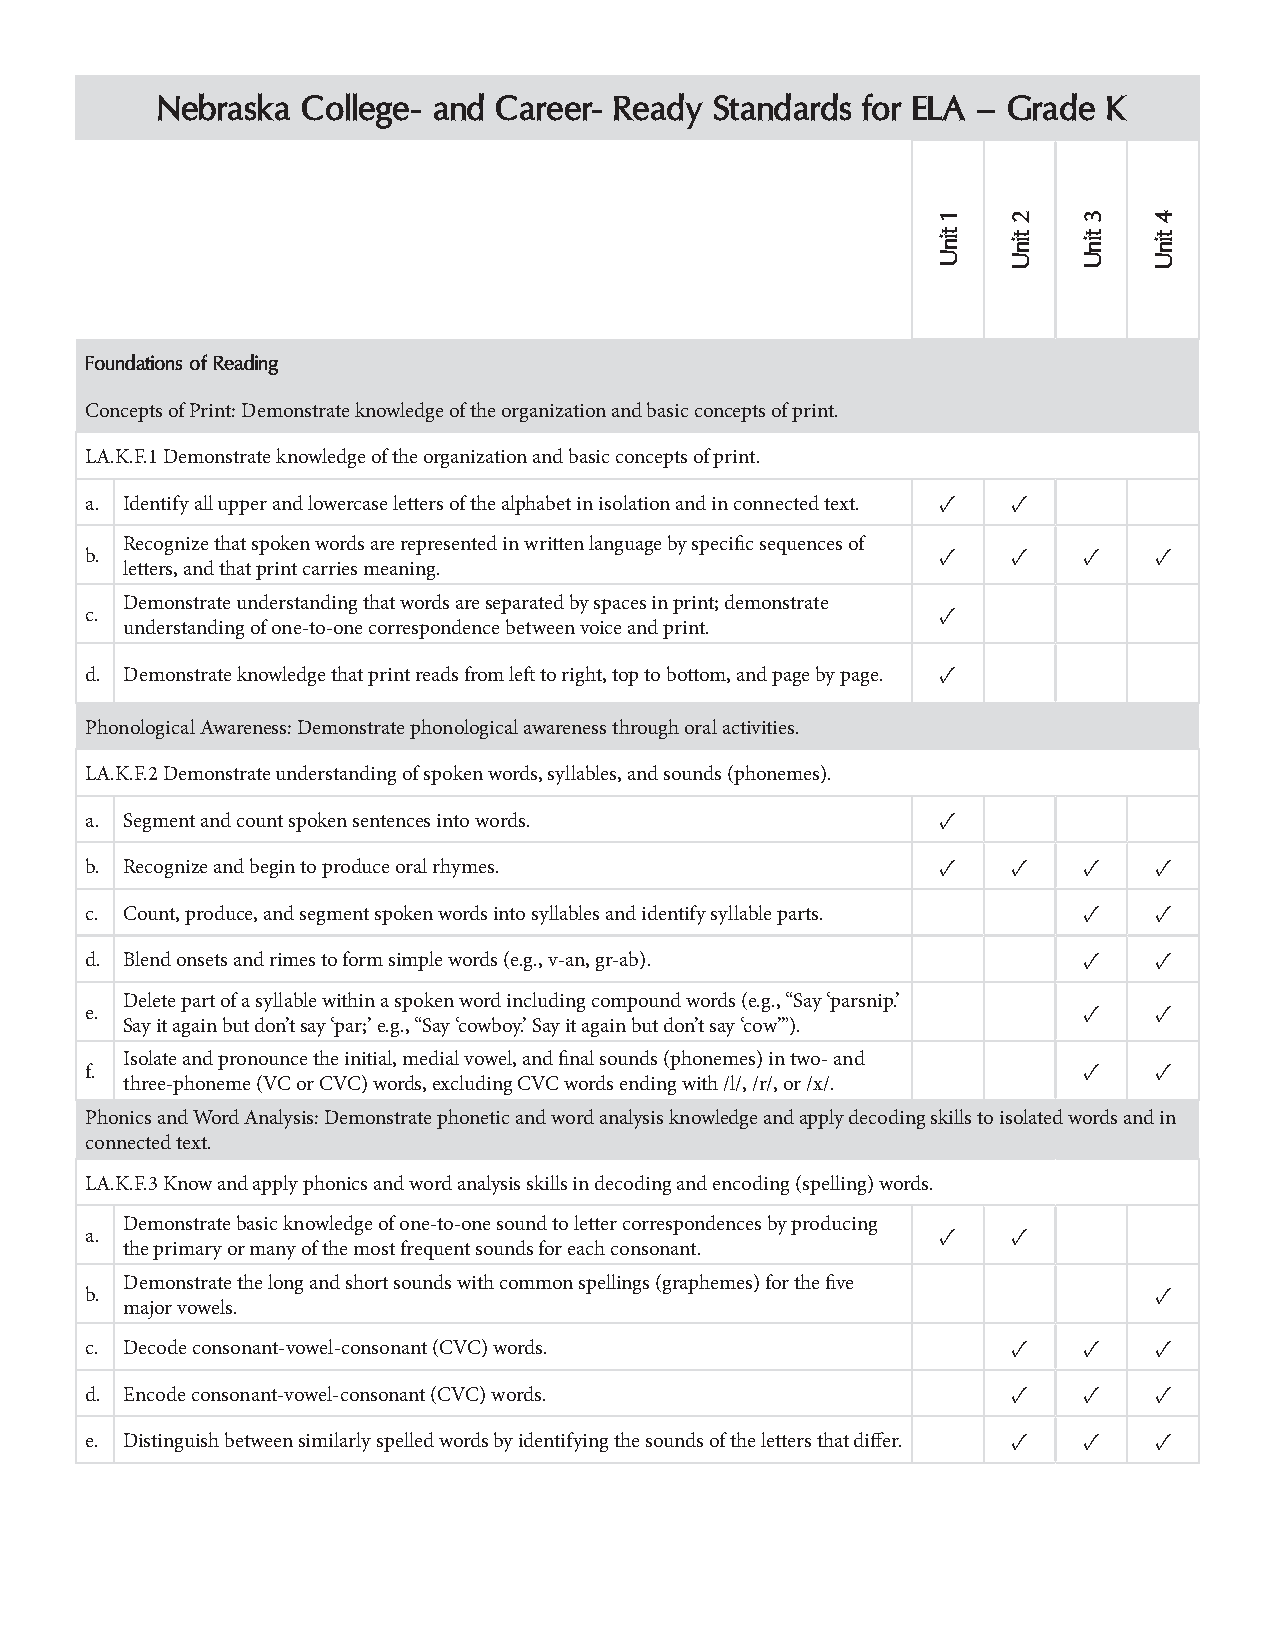
Nebraska  College- and Career- Ready Standards for ELA – Grade K
 Foundations of Reading
 Concepts of Print: Demonstrate knowledge of the organization and basic concepts of print.
 LA.K.F.1 Demonstrate knowledge of the organization and basic concepts of print.
 a. Identify all upper and lowercase letters of the alphabet in isolation and in connected text. ✓ ✓
 Recognize that spoken words are represented in written language by specific sequences of
 b.                                                      ✓    ✓    ✓   ✓
 letters, and that print carries meaning.
 Demonstrate understanding that words are separated by spaces in print; demonstrate
 c.                                                      ✓
 understanding of one-to-one correspondence between voice and print.
 d. Demonstrate knowledge that print reads from left to right, top to bottom, and page by page. ✓
 Phonological Awareness: Demonstrate phonological awareness through oral activities.
 LA.K.F.2 Demonstrate understanding of spoken words, syllables, and sounds (phonemes).
 a. Segment and count spoken sentences into words.       ✓
 b. Recognize and begin to produce oral rhymes.          ✓    ✓    ✓   ✓
 c. Count, produce, and segment spoken words into syllables and identify syllable parts. ✓ ✓
 d. Blend onsets and rimes to form simple words (e.g., v-an, gr-ab). ✓ ✓
 Delete part of a syllable within a spoken word including compound words (e.g., “Say ‘parsnip.’
 e.                                                                ✓   ✓
 Say it again but don’t say ‘par;’ e.g., “Say ‘cowboy.’ Say it again but don’t say ‘cow’”).
 Isolate and pronounce the initial, medial vowel, and final sounds (phonemes) in two- and
 f.                                                                ✓   ✓
 three-phoneme (VC or CVC) words, excluding CVC words ending with /l/, /r/, or /x/.
 Phonics and Word Analysis: Demonstrate phonetic and word analysis knowledge and apply decoding skills to isolated words and in
 connected text.
 LA.K.F.3 Know and apply phonics and word analysis skills in decoding and encoding (spelling) words.
 Demonstrate basic knowledge of one-to-one sound to letter correspondences by producing
 a.                                                      ✓    ✓
 the primary or many of the most frequent sounds for each consonant.
 Demonstrate the long and short sounds with common spellings (graphemes) for the five
 b.                                                                    ✓
 major vowels.
 c. Decode consonant-vowel-consonant (CVC) words.             ✓    ✓   ✓
 d. Encode consonant-vowel-consonant (CVC) words.             ✓    ✓   ✓
 e. Distinguish between similarly spelled words by identifying the sounds of the letters that differ. ✓ ✓ ✓
 1
 tinU
 2
 tinU
 3
 tinU
 4
 tinU